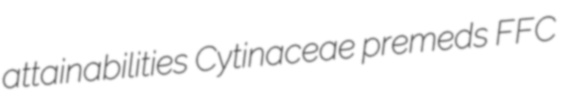
attainabilities Cytinaceae premeds FFC